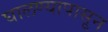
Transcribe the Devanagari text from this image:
घालण्यापासून